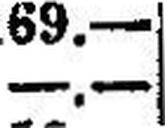
—.—